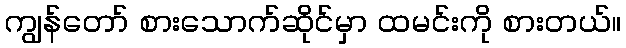
ကျွန်တော် စားသောက်ဆိုင်မှာ ထမင်းကို စားတယ်။